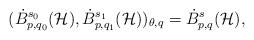
LaTeX: \begin{align*}(\dot B^{s_0}_{p,q_0}(\mathcal{H}), \dot B^{s_1}_{p,q_1}(\mathcal{H}))_{\theta,q} = \dot B^s_{p,q}(\mathcal{H}),\end{align*}